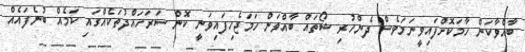
ބާއްވާކަން ހާމަކޮށްފައިވީނަމަވެސް ދެންހުރި ޝޯތައް ބާއްވަން ހަމަޖެހިފައިވަނީ ކޮން ސަރަހައްދުތަކެއްގައި ކަމެއް ބުނެފައެއް